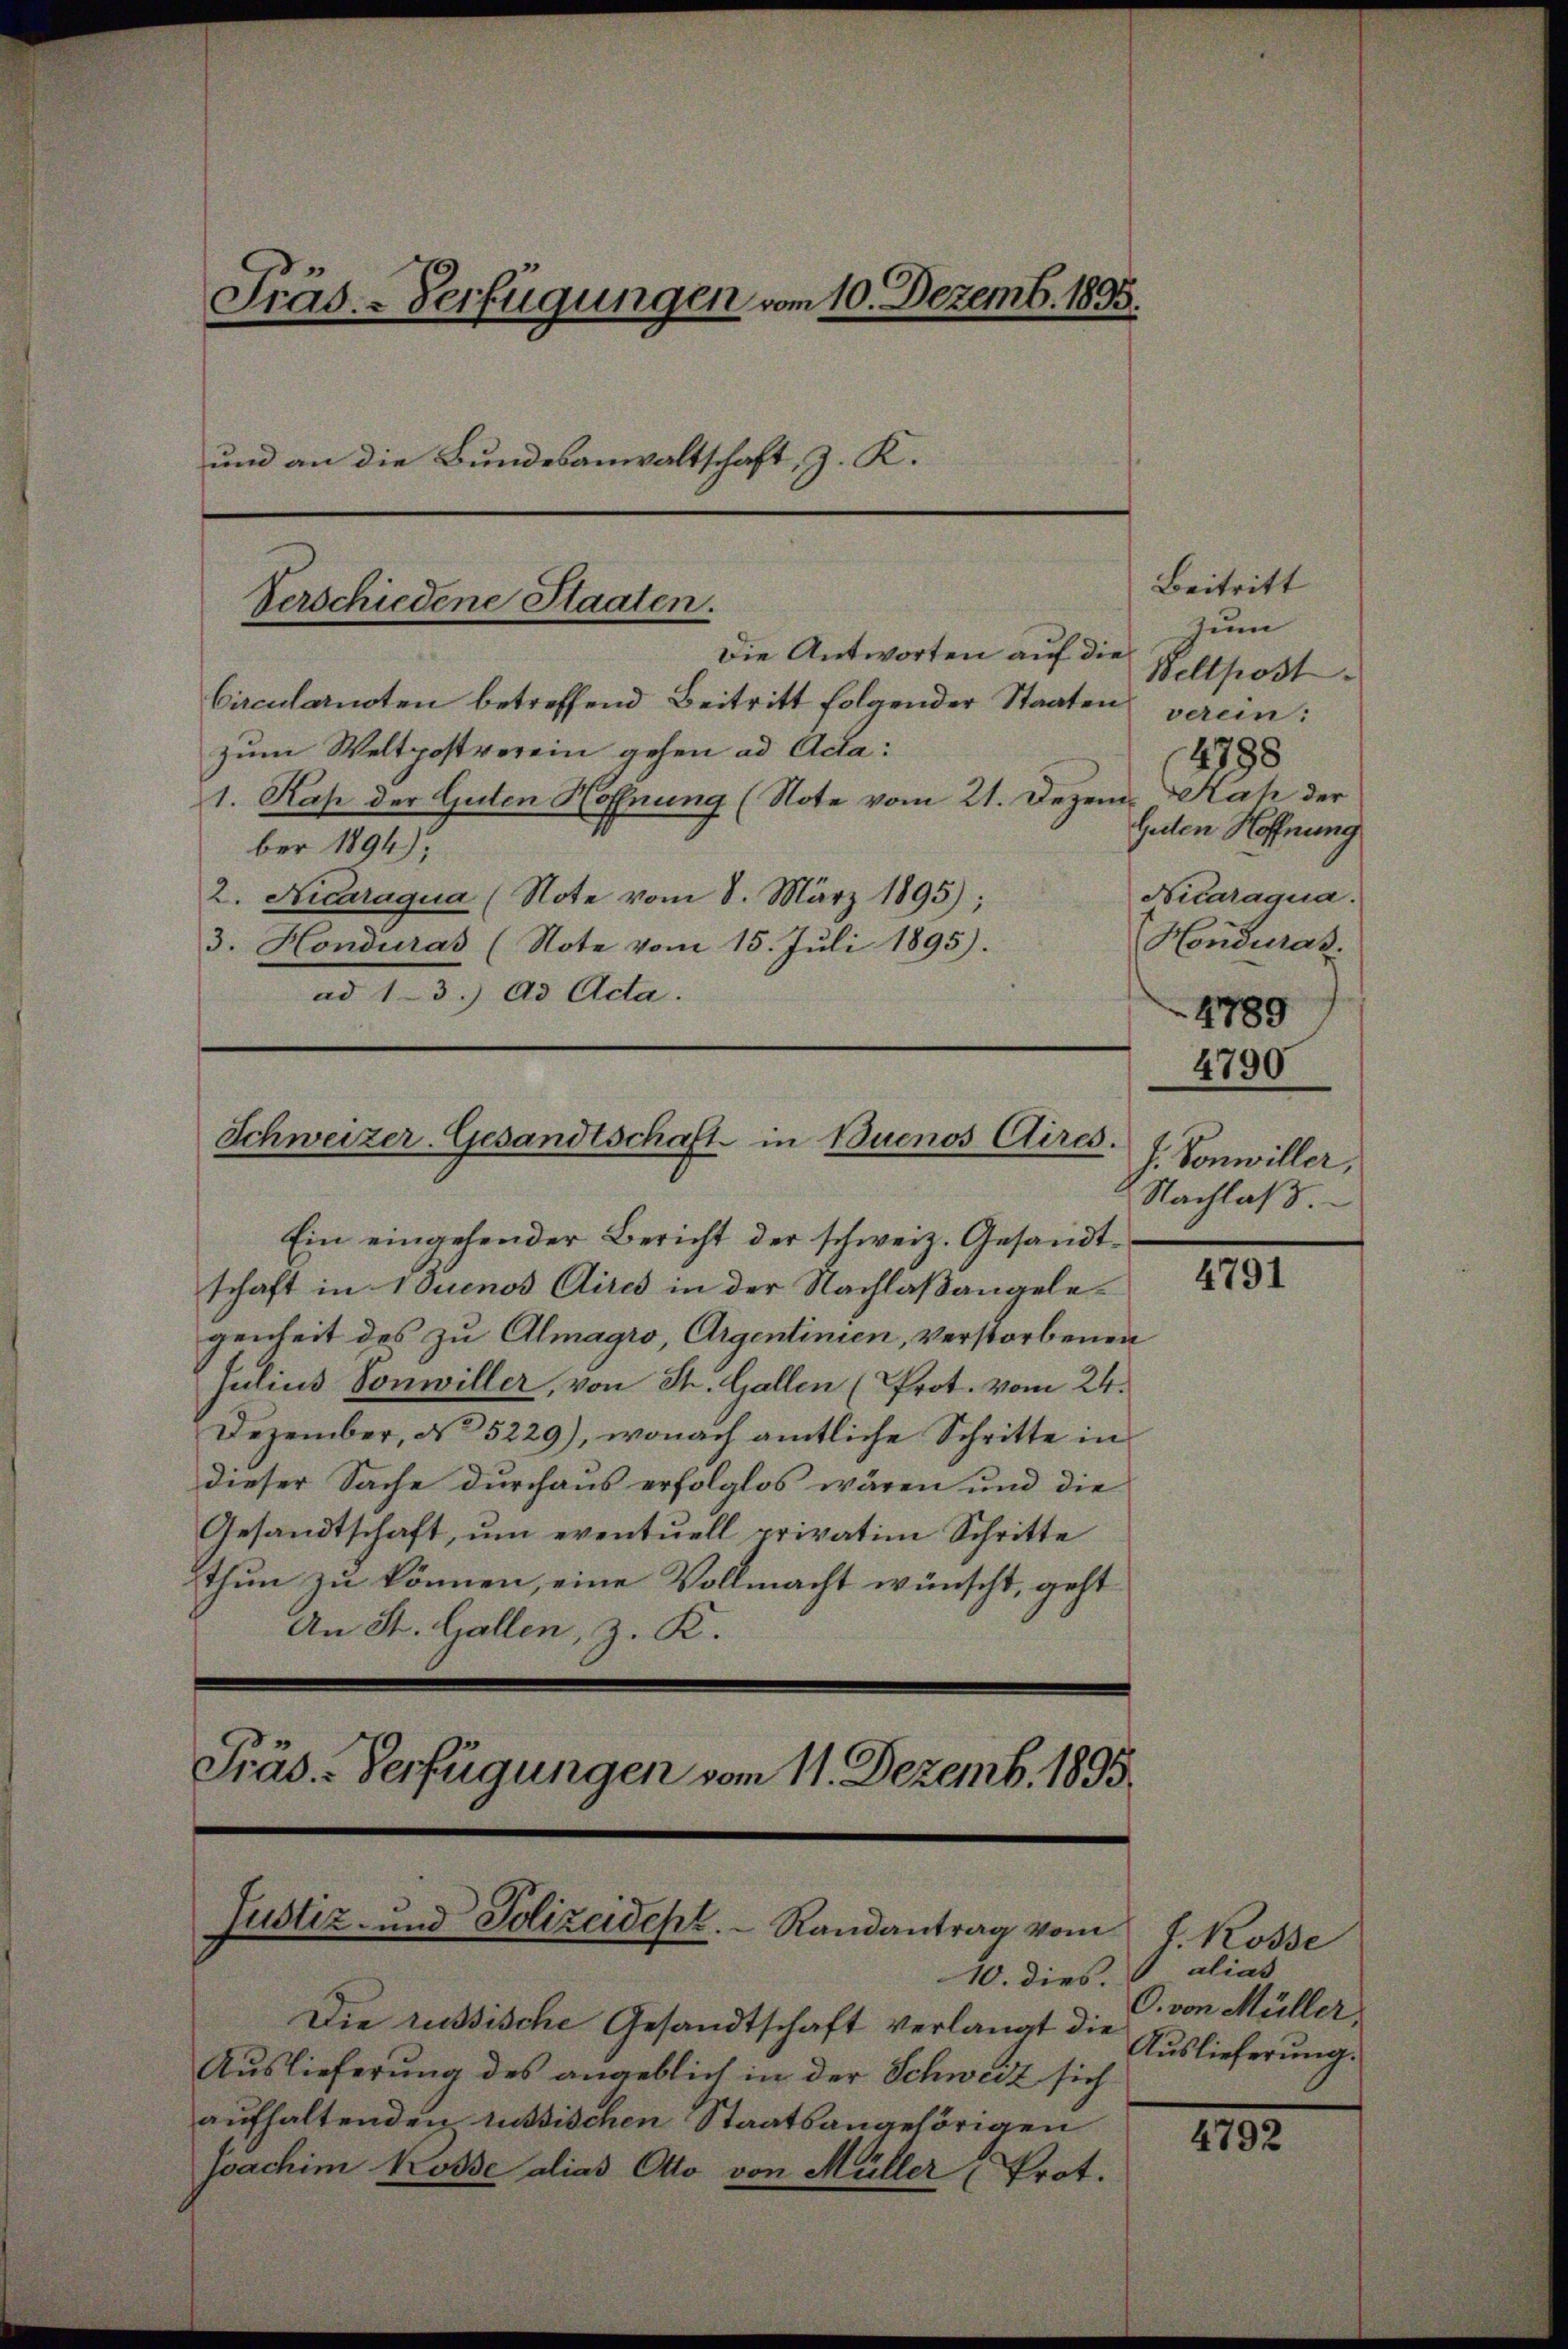
Präs.-Verfügungen vom 10. Dezemb. 1893.
und an die Bundesanwaltschaft, z. K.

Verschiedene Staaten.

Die Antworten auf die
Circularnoten betreffend Beitritt folgender Staaten
zum Weltpostverein gehen ad Ada:
1. Kap der Guten Hoffnung (Note vom 21. Dezem. Kah der
ber 1894),
2. Nicaraqua (Note vom 8. März 1895);
3. Honduras (Note vom 15. Juli 1895).
ad 13. Ad Acta.

Schweizer-Gesandtschaft in Buenos Aires.

Beitritt
zum

10. dies.
Die russische Gesandtschaft verlangt die
Auslieferung des angeblich in der Schweiz sich
aufhaltenden russischen Staatsangehörigen
joachim trosse alias Otto von Müller (Prot.

Ein eingehender Bericht der schweiz. Gesandtschaft in Buenos Aires in der Nachlaßangelegenheit des zu Almagro, Argentinien, verstorbenen
Julius Vonwiller, von St. Gallen (Prot. vom 24.
Dezember, No 5229), wonach amtliche Schritte in
dieser Sache durchaus erfolglos wären und die
Gesandtschaft, um eventuell privatim Schritte
thun zu können, eine Vollmacht wünscht, geht
An St. Gallen, z. K.
Präs.-Verfügungen vom 11. Dezemb. 1895.

Justiz- und Polizeidept. Randantrag vom

(Hondurat
4789
4790
f. Vonwiller,
Nachlaß

4791

J. Rosse
alias
O. von Müller,
Auslieferung.

Wellpost
verein:
14798
Gulen Hoffnung
Nitaraqua.

4792